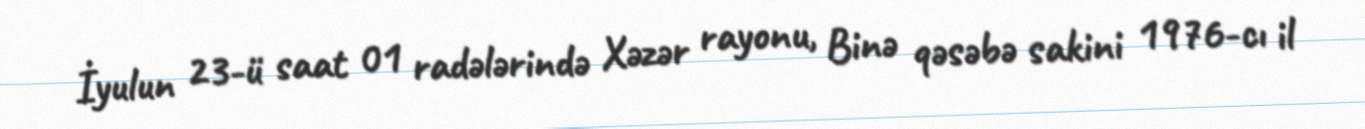
İyulun 23-ü saat 01 radələrində Xəzər rayonu, Binə qəsəbə sakini 1976-cı il